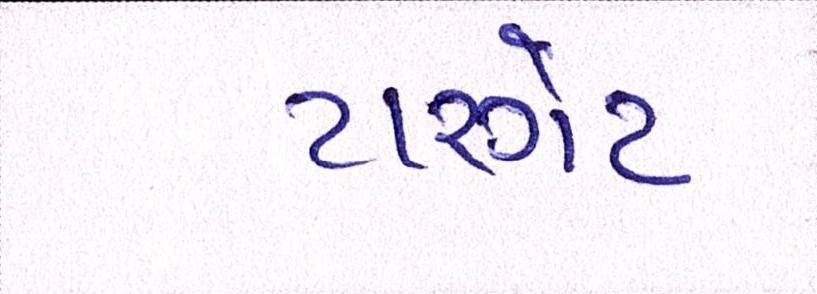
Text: ટારગેટ